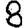
Digit: 8